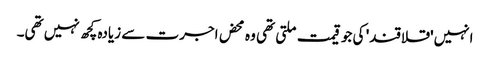
انہیں 'قلاقند' کی جو قیمت ملتی تھی وہ محض اجرت سے زیادہ کچھ نہیں تھی۔